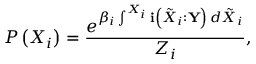
P \left( X _ { i } \right) = \frac { e ^ { \beta _ { i } \int ^ { X _ { i } } \mathbf { i } \left( \tilde { X } _ { i } : \mathbf { Y } \right) \, d \tilde { X } _ { i } } } { Z _ { i } } ,